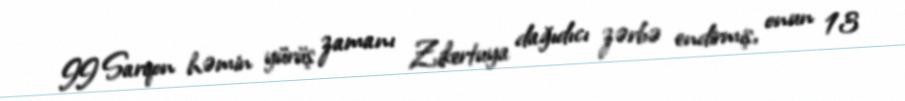
II Sarqon həmin yürüş zamanı Zikertuya dağıdıcı zərbə endirmiş, onun 13